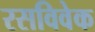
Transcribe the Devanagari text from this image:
रसविवेक